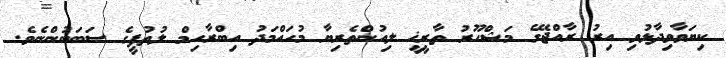
ކިޔަވާވިދާޅުވި އިރު ރާއްޖޭގެ މަޝްހޫރު ތާރީޚީ ލިއުންތެރިޔާ މުހައްމަދު އިބްރާހިމް ލުތުފީގެ ސަބަބުންނެވެ.